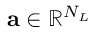
\mathbf { a } \in \mathbb { R } ^ { N _ { L } }